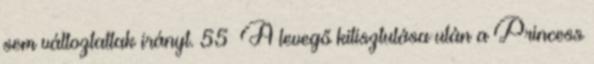
sem változtattak irányt. 55 A levegő kitisztulása után a Princess